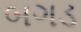
બગડ